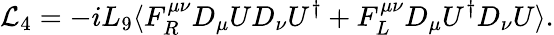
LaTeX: \mathcal{L}_{4}=-iL_{9}\langle F_{R}^{\mu\nu}D_{\mu}UD_{\nu}U^{\dagger}+F_{L}^{\mu\nu}D_{\mu}U^{\dagger}D_{\nu}U\rangle.